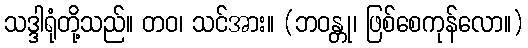
သဒ္ဒါရုံတို့သည်။ တဝ၊ သင်အား။ (ဘဝန္တု၊ ဖြစ်စေကုန်လော။)